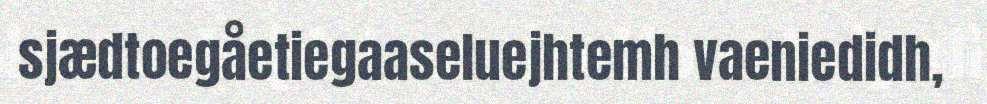
sjædtoegåetiegaaseluejhtemh vaeniedidh,